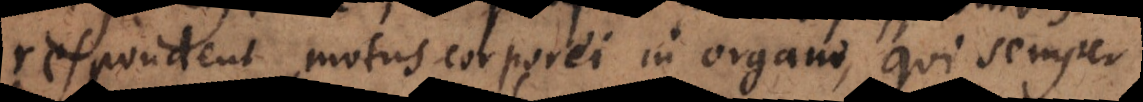
respondent motus corporei in organo, qui semper